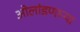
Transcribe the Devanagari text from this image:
ओलांडणाऱ्या